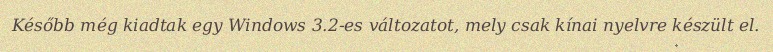
Később még kiadtak egy Windows 3.2-es változatot, mely csak kínai nyelvre készült el.